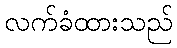
လက်ခံထားသည်